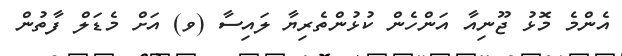
އެންމެ މޮޅު ޖޫނިއާ އަންހެން ކުޅުންތެރިޔާ ލައިސާ (ވ) އަށް މެޑަލް ފާތުން